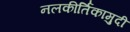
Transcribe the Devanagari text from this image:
नलकीर्तिकामुदी